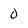
Character: 0